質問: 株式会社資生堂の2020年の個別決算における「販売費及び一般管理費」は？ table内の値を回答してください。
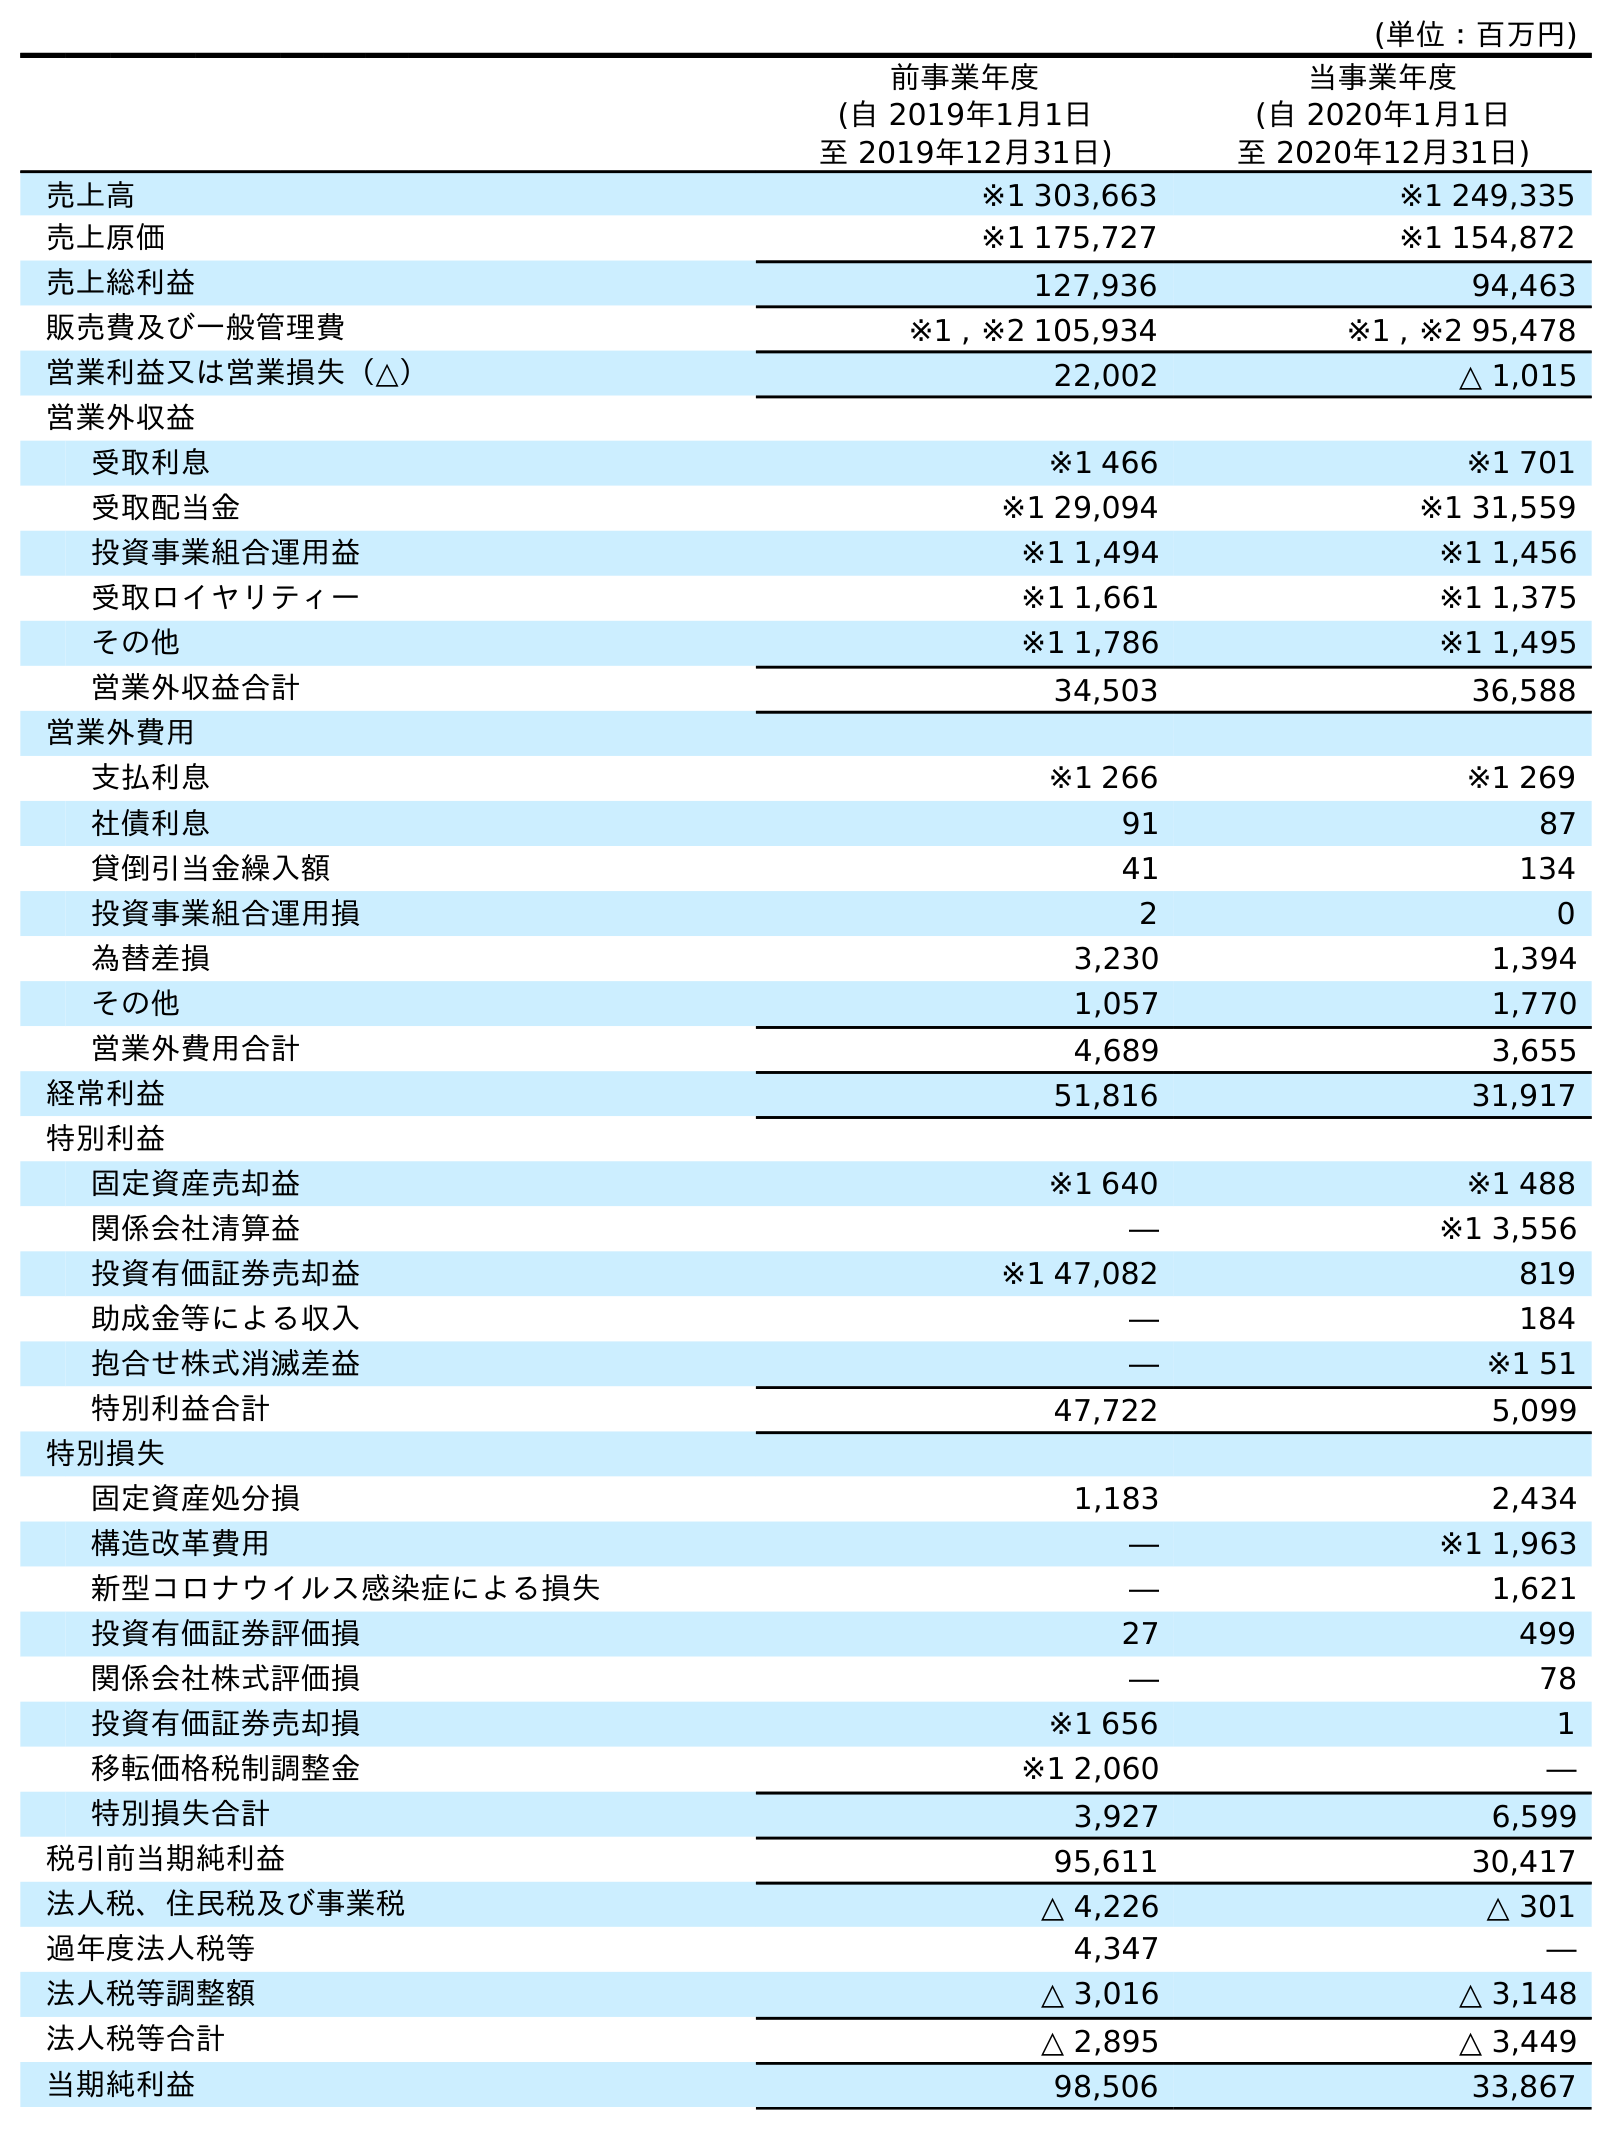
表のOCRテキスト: (単位：百万円) 前事業年度 (自 2019年1月1日 至 2019年12月31日) 当事業年度 (自 2020年1月1日 至 2020年12月31日) 売上高 ※1 303,663 ※1 249,335 売上原価 ※1 175,727 ※1 154,872 売上総利益 127,936 94,463 販売費及び一般管理費 ※1 , ※2 105,934 ※1 , ※2 95,478 営業利益又は営業損失（△） 22,002 △ 1,015 営業外収益 受取利息 ※1 466 ※1 701 受取配当金 ※1 29,094 ※1 31,559 投資事業組合運用益 ※1 1,494 ※1 1,456 受取ロイヤリティー ※1 1,661 ※1 1,375 その他 ※1 1,786 ※1 1,495 営業外収益合計 34,503 36,588 営業外費用 支払利息 ※1 266 ※1 269 社債利息 91 87 貸倒引当金繰入額 41 134 投資事業組合運用損 2 0 為替差損 3,230 1,394 その他 1,057 1,770 営業外費用合計 4,689 3,655 経常利益 51,816 31,917 特別利益 固定資産売却益 ※1 640 ※1 488 関係会社清算益 ― ※1 3,556 投資有価証券売却益 ※1 47,082 819 助成金等による収入 ― 184 抱合せ株式消滅差益 ― ※1 51 特別利益合計 47,722 5,099 特別損失 固定資産処分損 1,183 2,434 構造改革費用 ― ※1 1,963 新型コロナウイルス感染症による損失 ― 1,621 投資有価証券評価損 27 499 関係会社株式評価損 ― 78 投資有価証券売却損 ※1 656 1 移転価格税制調整金 ※1 2,060 ― 特別損失合計 3,927 6,599 税引前当期純利益 95,611 30,417 法人税、住民税及び事業税 △ 4,226 △ 301 過年度法人税等 4,347 ― 法人税等調整額 △ 3,016 △ 3,148 法人税等合計 △ 2,895 △ 3,449 当期純利益 98,506 33,867
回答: ※1,※295,478